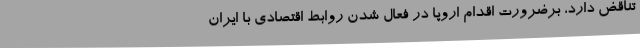
تناقض دارد، برضرورت اقدام اروپا در فعال شدن روابط اقتصادی با ایران